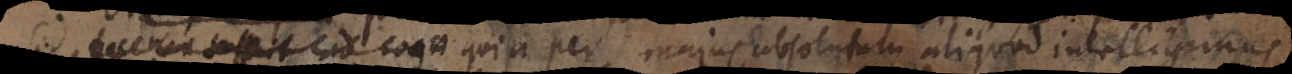
sed _ quia per majus absolutum aliquod intelligimus